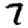
Digit: 7